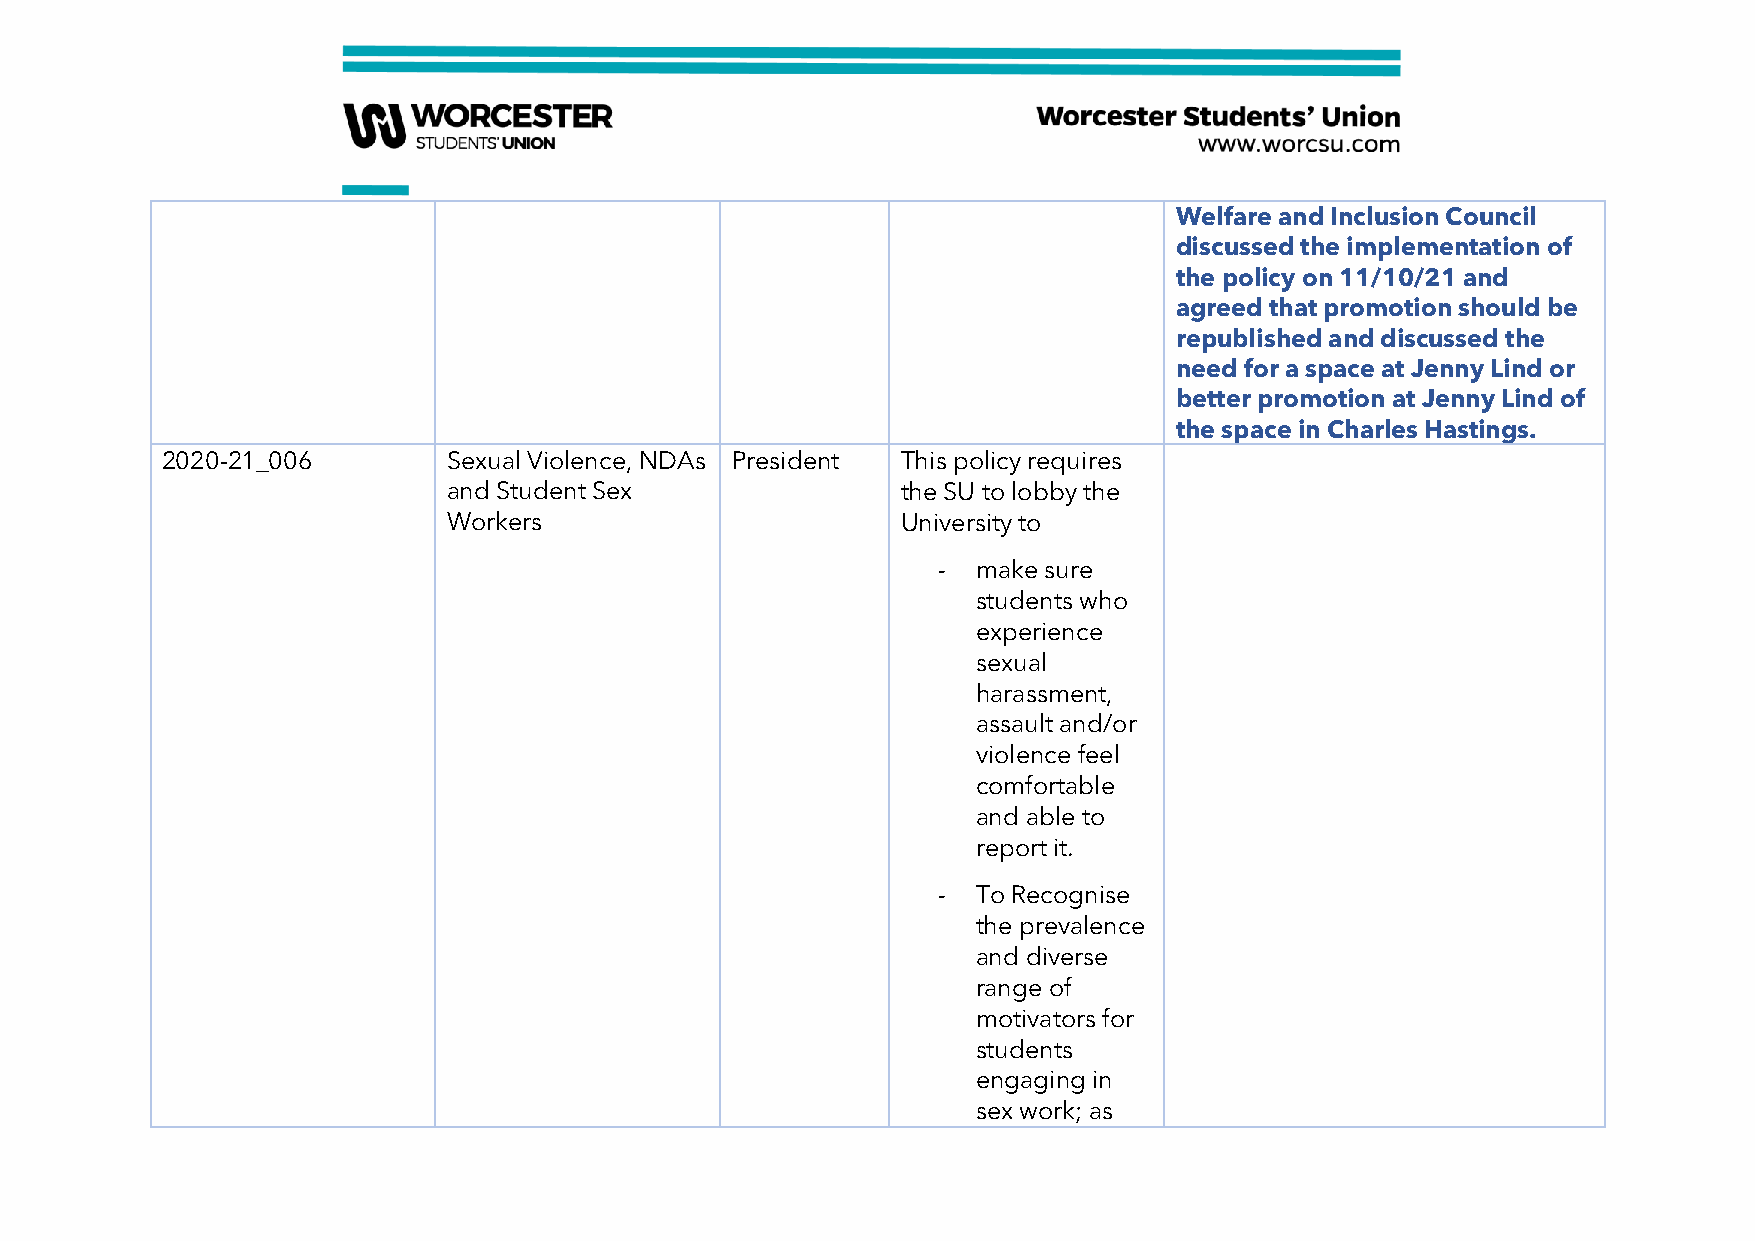
Welfare and Inclusion Council
 discussed the implementation of
 the policy on 11/10/21 and
 agreed that promotion should be
 republished and discussed the
 need for a space at Jenny Lind or
 better promotion at Jenny Lind of
 the space in Charles Hastings.
 2020-21_006        Sexual Violence, NDAs President This policy requires
 and Student Sex               the SU to lobby the
 Workers                       University to
 -  make sure
 students who
 experience
 sexual
 harassment,
 assault and/or
 violence feel
 comfortable
 and able to
 report it.
 -  To Recognise
 the prevalence
 and diverse
 range of
 motivators for
 students
 engaging in
 sex work; as